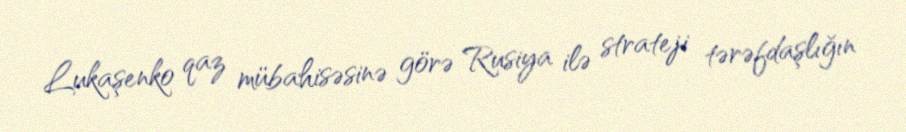
Lukaşenko qaz mübahisəsinə görə Rusiya ilə strateji tərəfdaşlığın